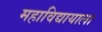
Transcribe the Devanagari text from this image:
महाविद्यायाला